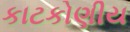
કાટકોણીય